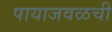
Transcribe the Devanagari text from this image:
पायाजवळची